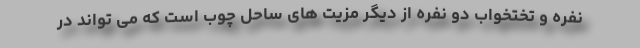
نفره و تختخواب دو نفره از دیگر مزیت های ساحل چوب است که می تواند در